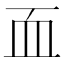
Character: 𮕜